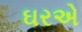
ઘરએ